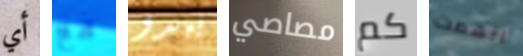
أي مع يبدو مصاصي كم اتهمت